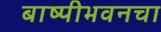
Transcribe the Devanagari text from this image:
बाष्पीभवनचा